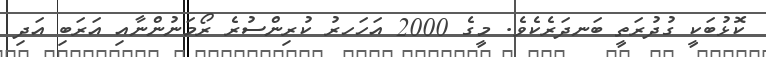
ކޮޅުބަކީ ގުދުރަތީ ބަނދަރެކެވެ. މީގެ 2000 އަހަހރު ކުރިންސުރެ ރޯމަނުންނާއި އަރަބި އަދި